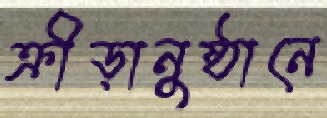
ক্রীড়ানুষ্ঠানে